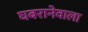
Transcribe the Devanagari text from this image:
घबरानेवाला